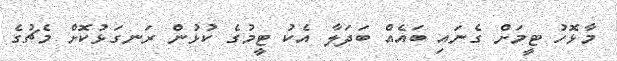
މާޅޮހު ޓީމަށް ގެނައި ބައެއް ބަދަލާ އެކު ޓީމުގެ ކުޅުން ރަނގަޅުކޮށް މެޗުގެ